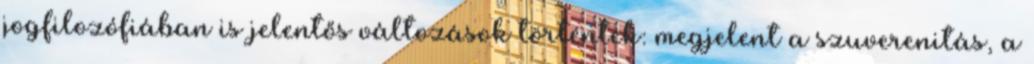
jogfilozófiában is jelentős változások történtek: megjelent a szuverenitás, a